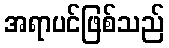
အရာပင်ဖြစ်သည်